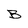
Character: B